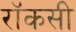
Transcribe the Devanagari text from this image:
रॉकसी